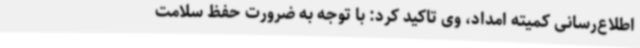
اطلاع‌رسانی کمیته امداد، وی تاکید کرد: با توجه به ضرورت حفظ سلامت